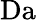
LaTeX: \textrm{Da}